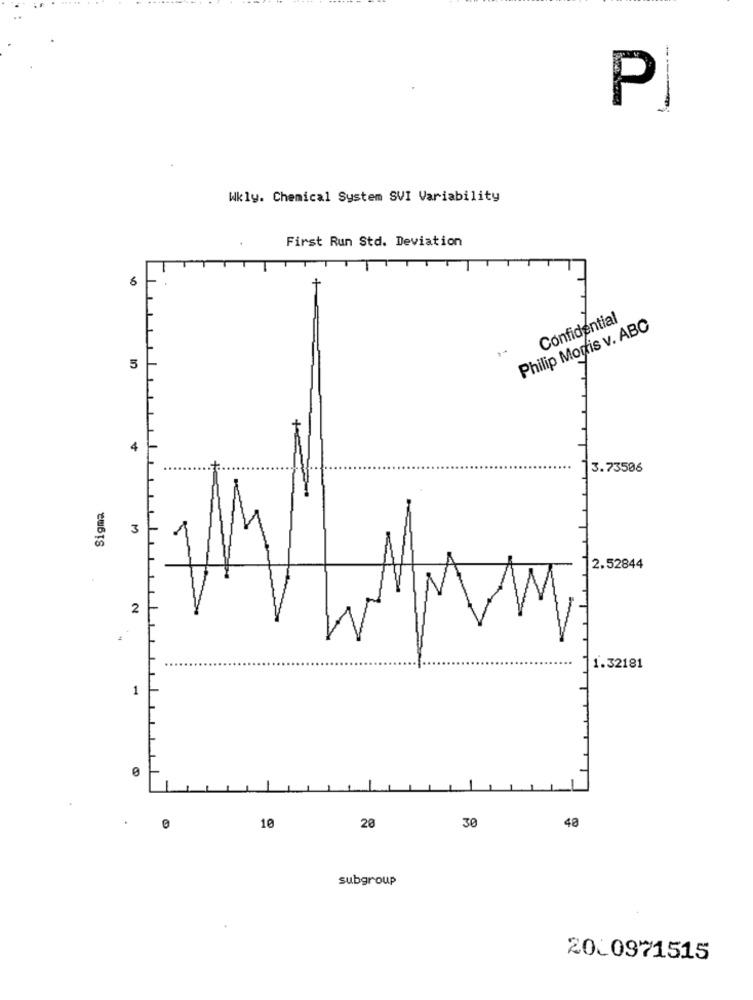
P
Wkly. Chemical System SVI Variability
First Run Std. Deviation
Confidential
Philip Morris v. ABC
5
+
4
3.73506
Sigma
3
2.52844
2
MM
1.32181
1
48
0
10
20
30
subgroup
20_0971515